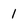
Character: 1